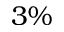
3 \%